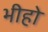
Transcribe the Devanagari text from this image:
भीहो